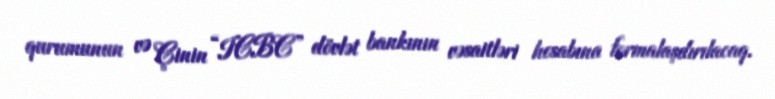
qurumunun və Çinin “ICBC” dövlət bankının vəsaitləri hesabına formalaşdırılacaq.